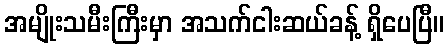
အမျိုးသမီးကြီးမှာ အသက်ငါးဆယ်ခန့် ရှိပေပြီ။